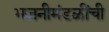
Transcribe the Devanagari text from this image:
भजनीमंडळींची